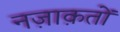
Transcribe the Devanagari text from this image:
नज़ाक़तों